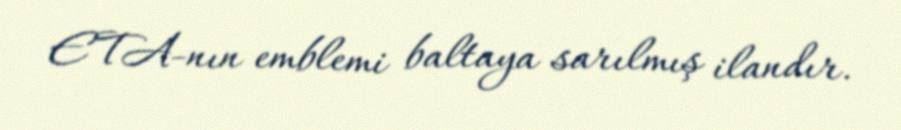
ETA-nın emblemi baltaya sarılmış ilandır.